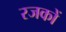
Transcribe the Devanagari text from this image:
रजकों